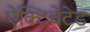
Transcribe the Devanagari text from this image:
ऐक्टिवेटेड